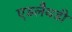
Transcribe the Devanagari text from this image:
एडलैयडी